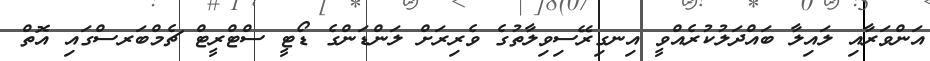
އަންވަރާއި ލައިލާ ބައްދަލުކުރެއްވީ އިނގިރޭސިވިލާތުގެ ވެރިރަށް ލަންޑަންގެ ޑޯޓީ ސްޓްރީޓް ޗެމްބަރސްގައި އޮތް